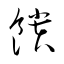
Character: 饋